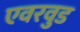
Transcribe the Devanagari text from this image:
एवरवुड